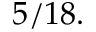
5 / 1 8 .